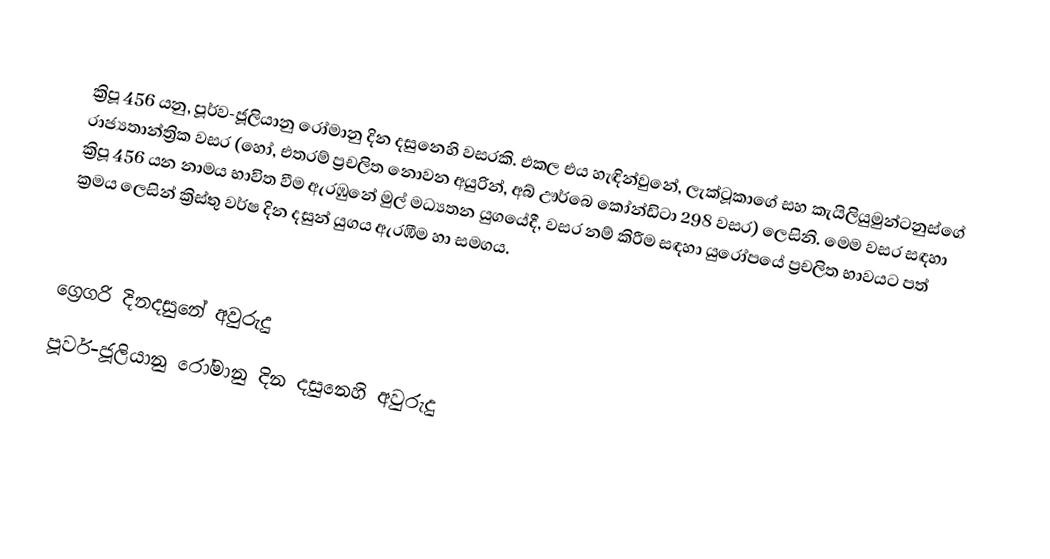

ක්‍රිපූ 456 යනු, පූර්ව-ජූලියානු රෝමානු දින දසුනෙහි වසරකි. එකල එය හැඳින්වුනේ, ලැක්ටූකාගේ සහ කැයිලියුමුන්ටනුස්ගේ රාජ්‍යතාන්ත්‍රික වසර (හෝ, එතරම් ප්‍රචලිත නොවන අයුරින්, අබ් ඌර්බෙ කෝන්ඩිටා 298 වසර) ලෙසිනි. මෙම වසර සඳහා ක්‍රිපූ 456 යන නාමය භාවිත වීම ඇරඹුනේ මුල්  මධ්‍යතන යුගයේදී, වසර නම් කිරීම සඳහා යුරෝපයේ ප්‍රචලිත භාවයට පත් ක්‍රමය ලෙසින් ක්‍රිස්තු වර්ෂ දින දසුන් යුගය ඇරඹීම හා සමගය.

ග්‍රෙගරි දිනදසුනේ අවුරුදු
පූර්ව-ජූලියානු රෝමානු දින දසුනෙහි අවුරුදු